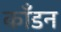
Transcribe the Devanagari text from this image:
काँडन